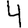
Digit: 4